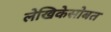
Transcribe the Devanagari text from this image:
लेखिकेसोबत